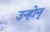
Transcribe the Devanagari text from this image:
उन्होन्